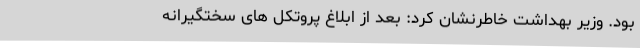
بود. وزیر بهداشت خاطرنشان کرد: بعد از ابلاغ پروتکل های سختگیرانه